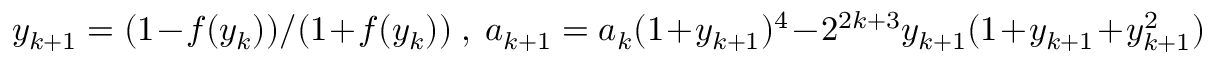
y _ { k + 1 } = ( 1 - f ( y _ { k } ) ) / ( 1 + f ( y _ { k } ) ) ~ , ~ a _ { k + 1 } = a _ { k } ( 1 + y _ { k + 1 } ) ^ { 4 } - 2 ^ { 2 k + 3 } y _ { k + 1 } ( 1 + y _ { k + 1 } + y _ { k + 1 } ^ { 2 } )